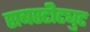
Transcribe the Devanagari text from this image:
सबस्टीट्युट